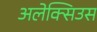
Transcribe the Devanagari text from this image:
अलेक्सिउस